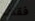
فقدت